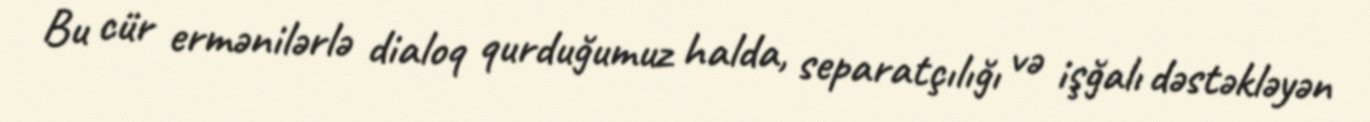
Bu cür ermənilərlə dialoq qurduğumuz halda, separatçılığı və işğalı dəstəkləyən